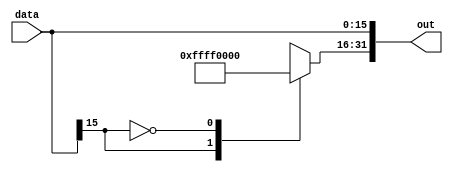
module sigext(input [15:0] data,output [31:0] out);
    reg [31:0] out;
    always @(*) begin
        case(data[15])
            1'b1:out[31:16] = 16'hffff;
            1'b0:out[31:16] = 16'h0;
        endcase
        out[15:0]=data[15:0];
    end
endmodule